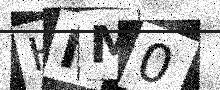
Text: HNM0